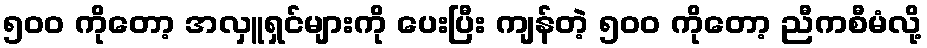
၅၀၀ ကိုတော့ အလှူရှင်များကို ပေးပြီး ကျန်တဲ့ ၅၀၀ ကိုတော့ ညီကစီမံလို့